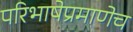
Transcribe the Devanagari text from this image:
परिभाषेप्रमाणेच